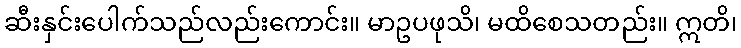
ဆီးနှင်းပေါက်သည်လည်းကောင်း။ မာဥပဖုသိ၊ မထိစေသတည်း။ ဣတိ၊